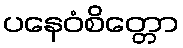
ပနေဝံစိတ္တော